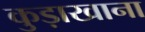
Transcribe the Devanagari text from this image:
कुड़ाखाना